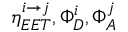
\eta _ { E E T } ^ { i \to j } , \Phi _ { D } ^ { i } , \Phi _ { A } ^ { j }